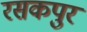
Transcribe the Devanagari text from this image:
रसकपुर